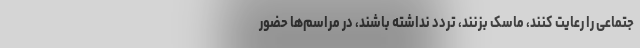
جتماعی را رعایت کنند، ماسک بزنند، تردد نداشته باشند، در مراسم‌ها حضور